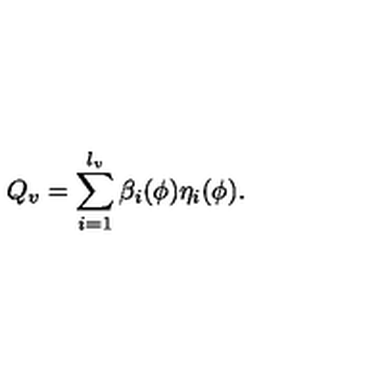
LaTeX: Q _ { v } = \sum _ { i = 1 } ^ { l _ { v } } \beta _ { i } ( \phi ) \eta _ { i } ( \phi ) .